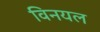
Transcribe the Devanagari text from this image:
विनयल